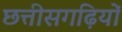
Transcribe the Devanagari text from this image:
छत्तीसगढ़ियों